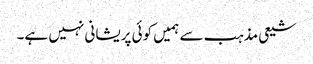
شیعی مذہب سے ہمیں کوئی پریشانی نہیں ہے۔